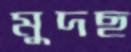
মুদছ